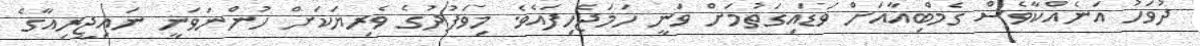
ދުވަހު އަނެއްކާވެސް ގެމްބިއާއަށް ވަޑައިގަތުމަށް ވަނީ ހަމަޖެހިފައެވެ. މިވަފުދުގެ ވެރިޔަކަށް ހުންނަވަނީ ނައިޖީރިއާގެ